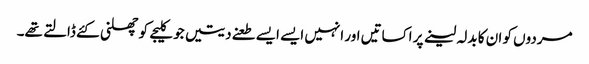
مردوں کو ان کا بدلہ لینے پر اکساتیں اور انہیں ایسے ایسے طعنے دیتیں جو کلیجے کو چھلنی کئے ڈالتے تھے۔